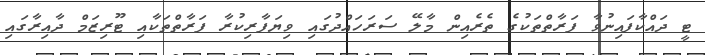
ޓީ ދައްކާފައިނުވާ ފަރާތްތަކުގެ ތެރެއިން މާލޭ ސަރަހައްދުގައި ވިޔަފާރިކުރާ ފަރާތްތަކާއި ޓޫރިޒަމް ދާއިރާގައި